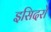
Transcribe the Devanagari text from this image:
इसिदरो